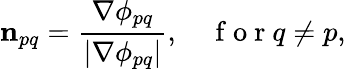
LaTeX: \mathbf{n}_{pq}=\frac{\nabla\phi_{pq}}{|\nabla\phi_{pq}|},\quad\mathrm{~f~o~r~}q\neq p,